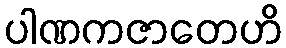
ပါဏကဇာတေဟိ